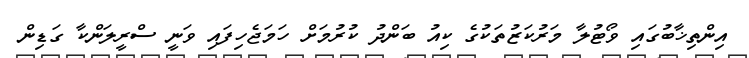
އިންތިޚާބުގައި ވޯޓުލާ މަރުކަޒުތަކުގެ ކިއު ބަންދު ކުރުމަށް ހަމަޖެހިފައި ވަނީ ސްރީލަންކާ ގަޑިން